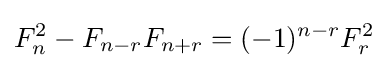
F_{n}^{2}-F_{n-r}F_{n+r}=(-1)^{n-r}F_{r}^{2}